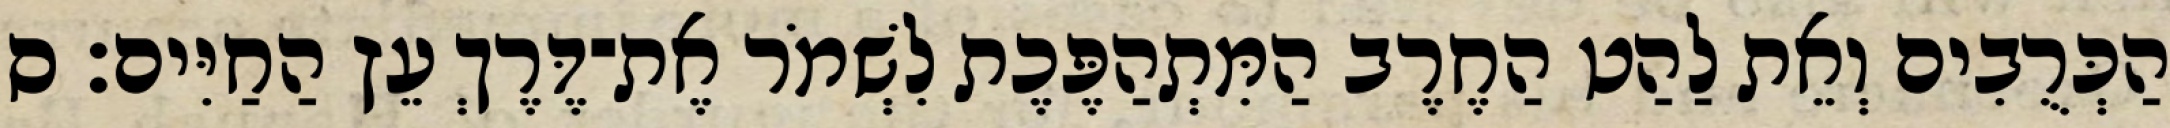
הַכְּרֻבִים וְאֵת לַהַט הַחֶרֶב הַמִּתְהַפֶּכֶת לִשְׁמֹר אֶת־דֶּרֶךְ עֵץ הַחַיִּים׃ ס